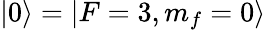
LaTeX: |0\rangle=|F=3,m_{f}=0\rangle